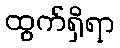
ထွက်ရှိရာ